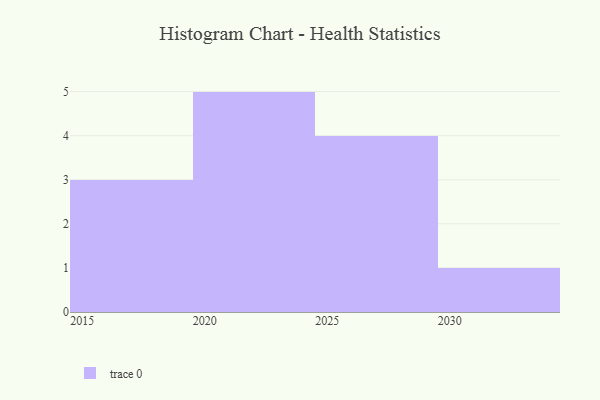
{"axis": {"x": "Year", "y": "Bounce Rate (%)"}, "legend": [""], "data": [{"x": "2027", "y": 75, "type": ""}, {"x": "2023", "y": 51, "type": ""}, {"x": "2017", "y": 15, "type": ""}, {"x": "2030", "y": 23, "type": ""}, {"x": "2021", "y": 30, "type": ""}, {"x": "2019", "y": 50, "type": ""}, {"x": "2024", "y": 43, "type": ""}, {"x": "2028", "y": 34, "type": ""}, {"x": "2029", "y": 45, "type": ""}, {"x": "2016", "y": 36, "type": ""}, {"x": "2020", "y": 69, "type": ""}, {"x": "2025", "y": 42, "type": ""}, {"x": "2022", "y": 69, "type": ""}]}